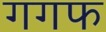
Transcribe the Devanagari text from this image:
गगफ